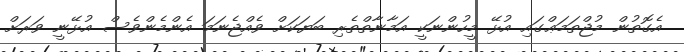
އެގޮތުން މުޖްތަމަޢްގައި އުޅޭ މީހުންނަކީ އަމާނާތްތެރި ބަޔަކަށް ވެއްޖެނަމަ އެންމެންވެސް އުޅޭނީ ވަރަށް